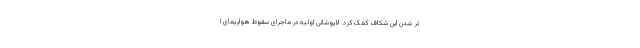
تر شدن این شکاف کمک کرد. لاپوشانی اولیه در ماجرای سقوط هواپیمای ا